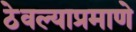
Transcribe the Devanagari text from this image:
ठेवल्याप्रमाणे